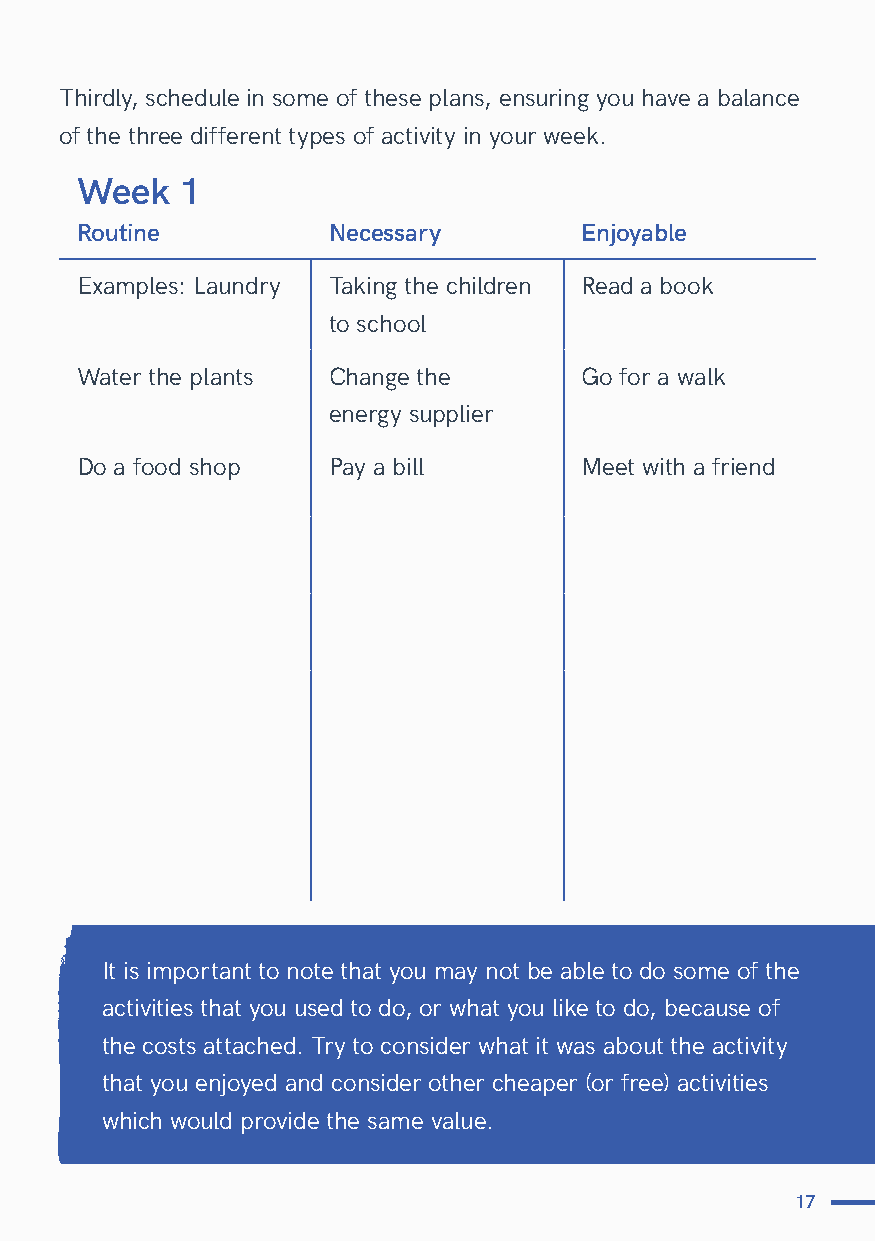
Thirdly, schedule in some of these plans, ensuring you have a balance
 of the three different types of activity in your week.
 Week   1
 Routine          Necessary       Enjoyable
 Examples: Laundry Taking the children Read a book
 to school
 Water the plants Change the      Go for a walk
 energy supplier
 Do a food shop   Pay a bill      Meet with a friend
 It is important to note that you may not be able to do some of the
 activities that you used to do, or what you like to do, because of
 the costs attached. Try to consider what it was about the activity
 that you enjoyed and consider other cheaper (or free) activities
 which would provide the same value.
 17